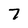
Character: 7